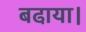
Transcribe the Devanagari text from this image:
बढा़या।